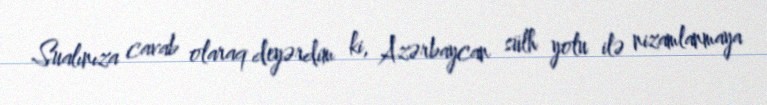
Sualınıza cavab olaraq deyərdim ki, Azərbaycan sülh yolu ilə nizamlanmaya